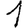
Digit: 1